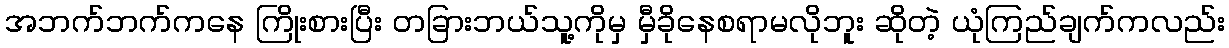
အဘက်ဘက်ကနေ ကြိုးစားပြီး တခြားဘယ်သူ့ကိုမှ မှီခိုနေစရာမလိုဘူး ဆိုတဲ့ ယုံကြည်ချက်ကလည်း